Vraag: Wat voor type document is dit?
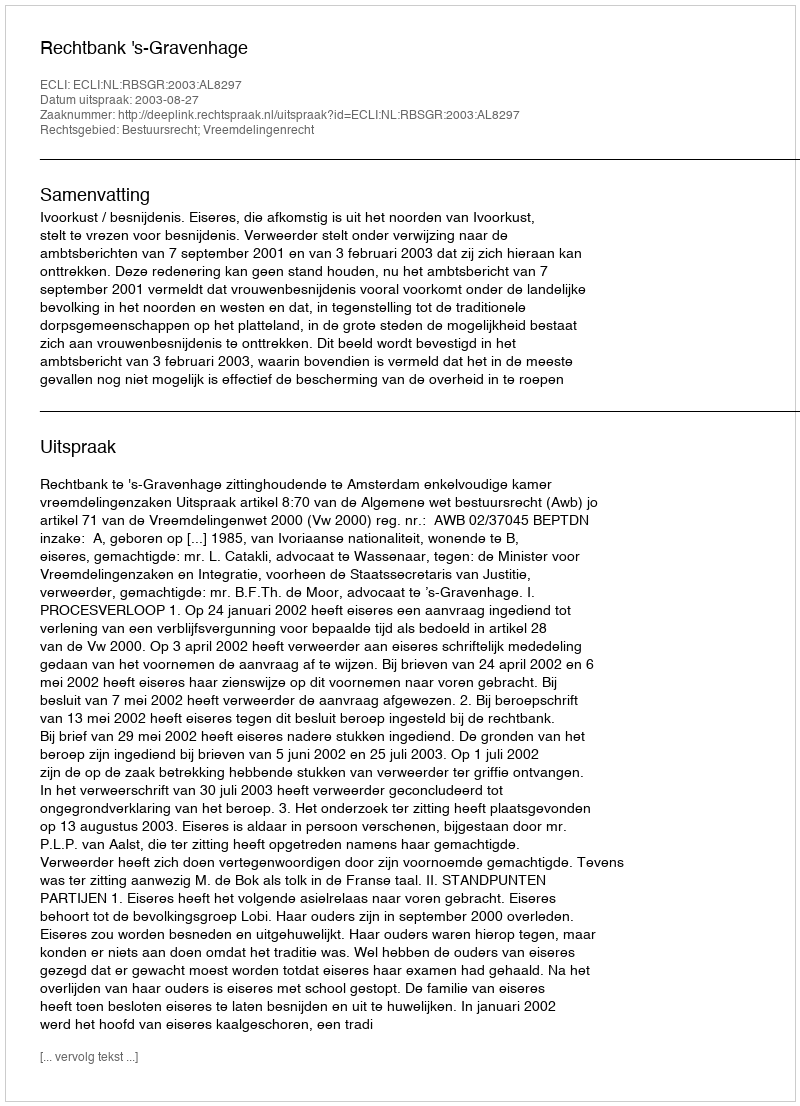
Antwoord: Uitspraak